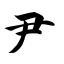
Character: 尹